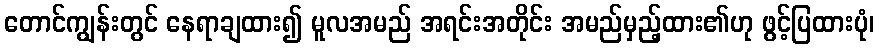
တောင်ကျွန်းတွင် နေရာချထား၍ မူလအမည် အရင်းအတိုင်း အမည်မှည့်ထား၏ဟု ဖွင့်ပြထားပုံ၊